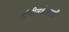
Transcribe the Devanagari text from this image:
संगीतक्षेत्राशी